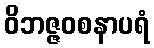
ဝိဘဇ္ဇဝစနာပရံ